Civil Veterinary Department. Madras. Admin. report 1926-33 - 1926-1933
Year: 1926
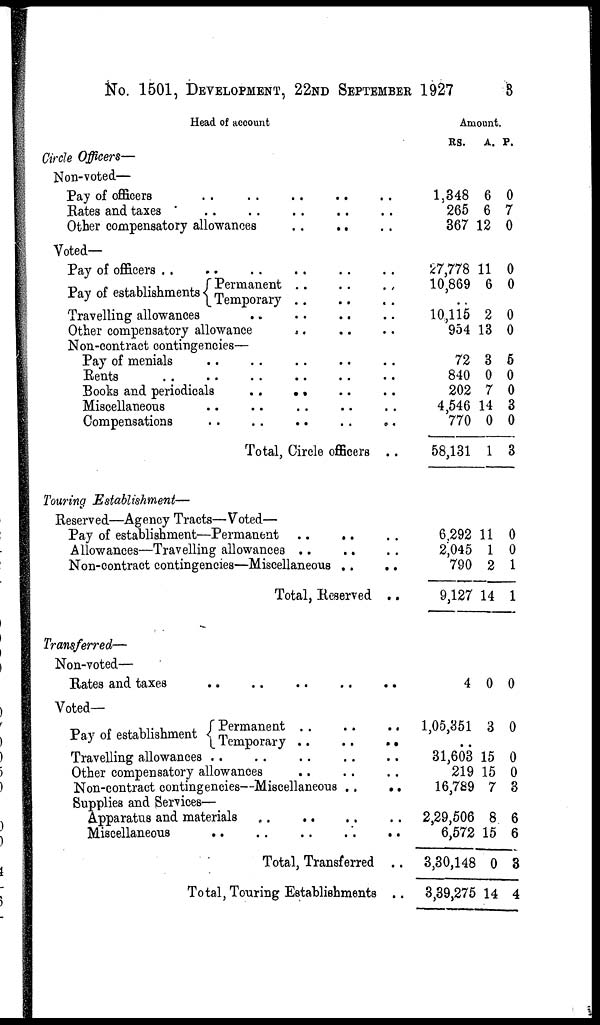
No. 1501, DEVELOPMENT, 22ND SEPTEMBER 1927
3
Head of account
Circle Officers—
Non-voted—
Pay of officers .. .. .. .. .. ..
Rates and taxes .. .. .. .. ..
Other compensatory allowances
..
.. .. .. ..
Voted—
Pay of officers .. .. .. .. .. ..
Pay of establishments Permanent .. .. ..
Temporary .. .. ..
Travelling allowances .. .. .. .. .. ..
Other-compensatory allowance
Non-contract contingencies—
Pay of menials .. .. .. .. ..
Rents
..
..
..
..
..
Book and periodicals .. .. .. .. ..
Miscellaneous .. .. .. .. .. ..
Compensations
..
..
..
..
..
Total, Circle officers ..
Touring Establishment—
Reserved—Agency Tracts—Voted—
Pay of establishment—Permanent ..
Allowances—Travelling allowances .. .. .. ..
Non-contract contingencies—Miscellaneous .. .. ..
Total, Reserved ..
Transferred—
Non-voted—
Rates and taxes .. .. .. .. ..
Voted—
Pay of establishment Permanent .. .. ..
Temporary .. .. ..
Travelling allowances .. .. .. .. ..
Other compensatory allowances .. ..
Non-contract contingencies—Miscellaneous .. ..
Supplies and Services—
Apparatus and materials .. .. .. ..
Miscellaneous .. .. .. .. ..
Total, Transferred ..
Total, Touring Establishments ..
Amount.
RS.
1,348
265
367
27,778
10,869
10,115
954
72
840
202
4,546
770
58,131
6.292
2,045
790
9,127
4
1,05,351
31,603
219
16,789
2,29,506
6,572
3,30,148
3,39,275
A.
6
6
12
11
6
2
13
3
0
7
14
0
1
11
1
2
14
0
3
15
15
7
8
15
0
14
P.
0
7
0
0
0
0
0
5
0
0
3
0
3
0
0
1
1
0
0
0
0
3
6
6
3
4